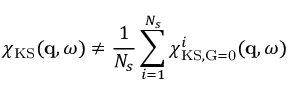
\chi _ { \mathrm { K S } } ( \mathbf { q } , \omega ) \neq \frac { 1 } { N _ { s } } \sum _ { i = 1 } ^ { N _ { s } } \chi _ { \mathrm { K S , \vec { G } = 0 } } ^ { i } ( \mathbf { q } , \omega )